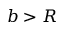
b > R